Annual report on the Civil Veterinary Department, Burma (including the Insein Veterinary School) - 1932-1941
Year: 1932
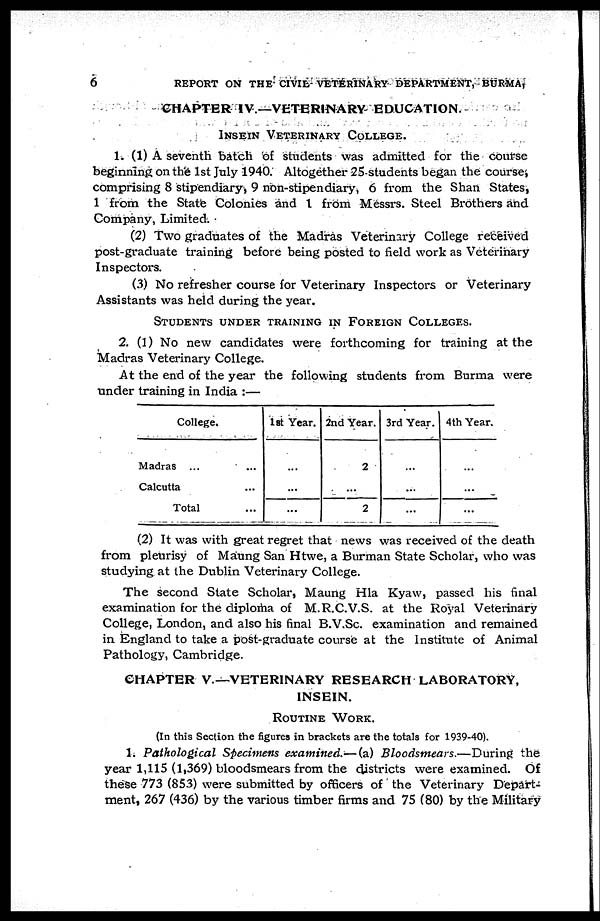
6
REPORT ON THE CIVIL VETERINARY DEPARTMENT, BURMA,
CHAPTER IV.—VETERINARY EDUCATION.
INSEIN VETERINARY COLLEGE.
1. (1) A seventh batch of students was admitted for the course
beginning on the 1st July 1940. Altogether 25 students began the course,
comprising 8 stipendiary, 9 non-stipendiary, 6 from the Shan States,
1 from the State Colonies and 1 from Messrs. Steel Brothers and
Company, Limited.
(2) Two graduates of the Madras Veterinary College received
post-graduate training before being posted to field work as Veterinary
Inspectors.
(3) No refresher course for Veterinary Inspectors or Veterinary
Assistants was held during the year.
STUDENTS UNDER TRAINING IN FOREIGN COLLEGES.
2. (1) No new candidates were forthcoming for training at the
Madras Veterinary College.
At the end of the year the following students from Burma were
under training in India :—
College.
Madras ... ...
Calcutta ...
Total ...
1st Year.
...
...
...
2nd Year.
2
...
2
3rd Year.
...
...
...
4th Year.
...
...
...
(2) It was with great regret that news was received of the death
from pleurisy of Maung San Htwe, a Burman State Scholar, who was
studying at the Dublin Veterinary College.
The second State Scholar, Maung Hla Kyaw, passed his final
examination for the diploma of M.R.C.V.S. at the Royal Veterinary
College, London, and also his final B.V.Sc. examination and remained
in England to take a post-graduate course at the Institute of Animal
Pathology, Cambridge.
CHAPTER V.—VETERINARY RESEARCH LABORATORY,
INSEIN.
ROUTINE WORK.
(In this Section the figures in brackets are the totals for 1939-40).
1. Pathological Specimens examined.—(a) Bloodsmears.—During the
year 1,115 (1,369) bloodsmears from the districts were examined. Of
these 773 (853) were submitted by officers of the Veterinary Depart-
ment, 267 (436) by the various timber firms and 75 (80) by the Military